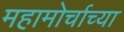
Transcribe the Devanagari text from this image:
महामोर्चाच्या